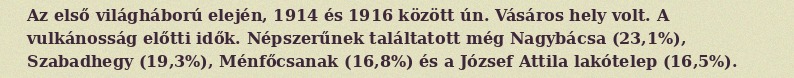
Az első világháború elején, 1914 és 1916 között ún. Vásáros hely volt. A vulkánosság előtti idők. Népszerűnek találtatott még Nagybácsa (23,1%), Szabadhegy (19,3%), Ménfőcsanak (16,8%) és a József Attila lakótelep (16,5%).